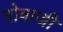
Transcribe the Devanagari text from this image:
गोवाजी